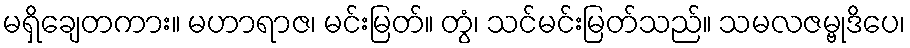
မရှိချေတကား။ မဟာရာဇ၊ မင်းမြတ်။ တွံ၊ သင်မင်းမြတ်သည်။ သမလဇမ္ဗုဒိပေ၊